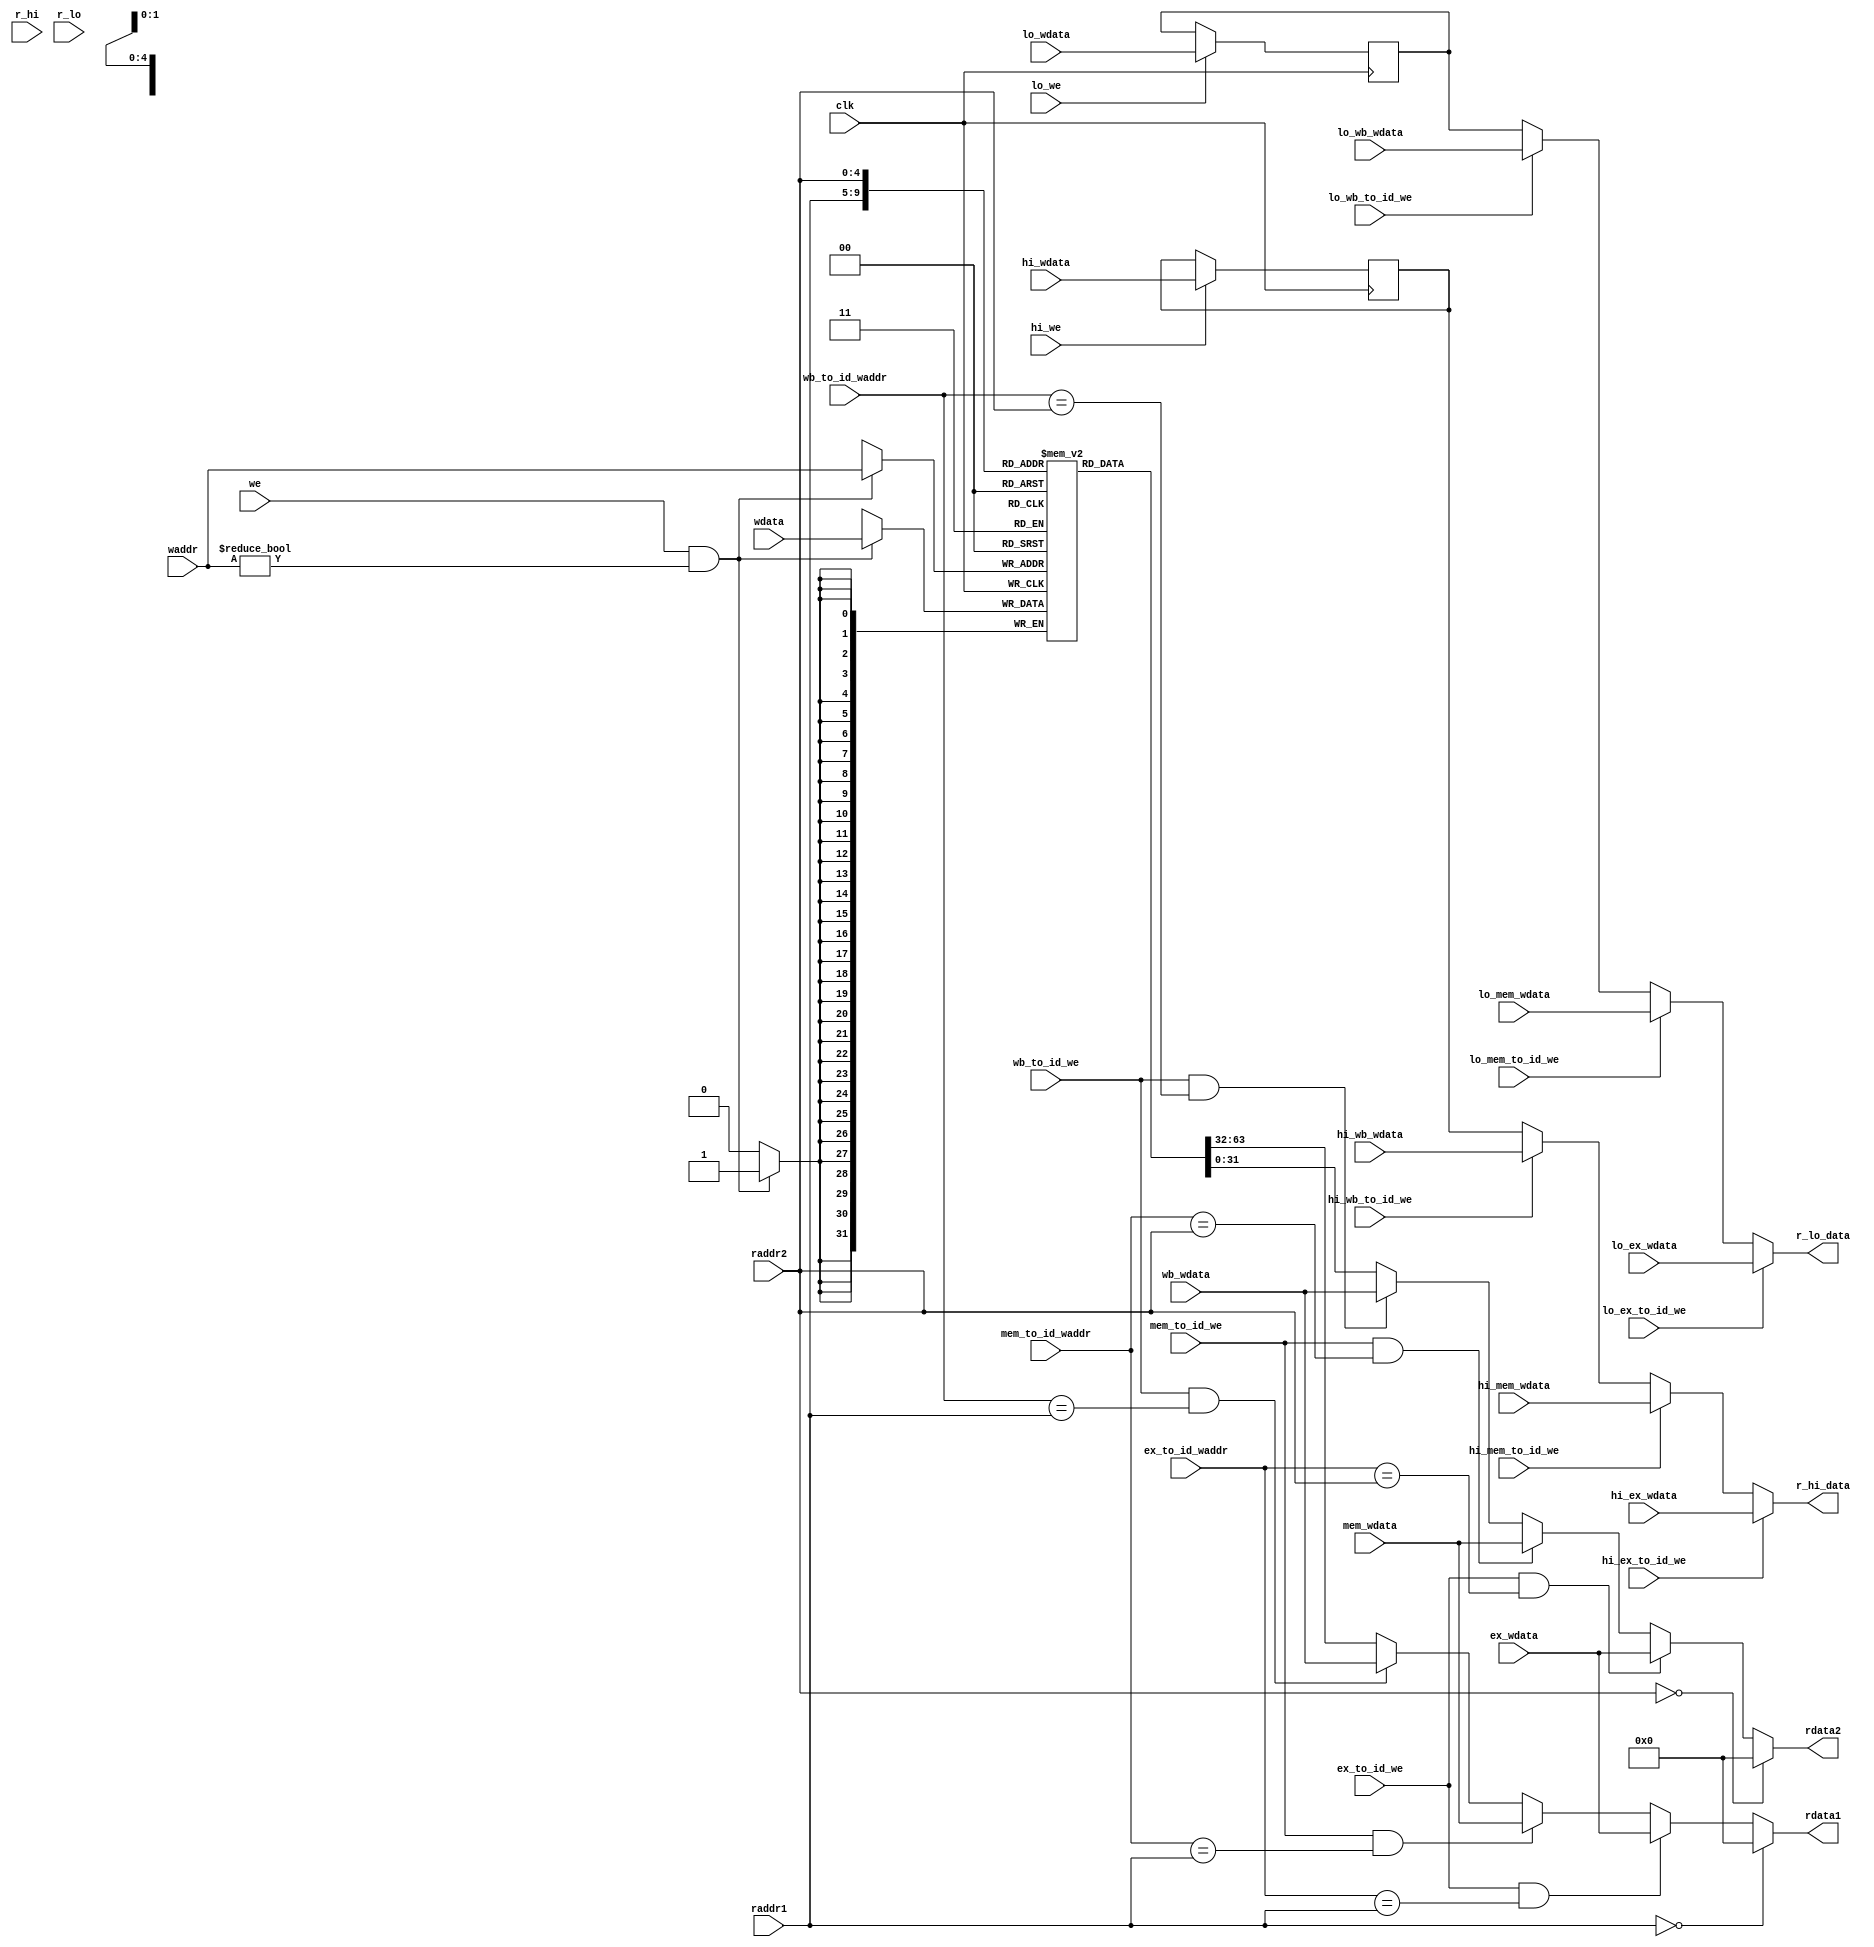
module regfile(
    input wire clk,
    input wire [4:0] raddr1,
    output wire [31:0] rdata1,
    input wire [4:0] raddr2,
    output wire [31:0] rdata2,
    
    input wire r_hi,
    output wire [31:0] r_hi_data,
    input wire r_lo,
    output wire [31:0] r_lo_data,
    
    input wire we,
    input wire [4:0] waddr,
    input wire [31:0] wdata,
    
    input wire hi_we,
    input wire lo_we,
    input wire [31:0] hi_wdata,
    input wire [31:0] lo_wdata,
    
    input wire ex_to_id_we,
    input wire [4:0] ex_to_id_waddr,
    input wire [31:0] ex_wdata,
    
    input wire hi_ex_to_id_we,
    input wire [31:0] hi_ex_wdata,
    
    input wire lo_ex_to_id_we,
    input wire [31:0] lo_ex_wdata,
    
    input wire mem_to_id_we,
    input wire [4:0] mem_to_id_waddr,
    input wire [31:0] mem_wdata,
    
    input wire hi_mem_to_id_we,
    input wire [31:0] hi_mem_wdata,
    
    input wire lo_mem_to_id_we,
    input wire [31:0] lo_mem_wdata,
    
    input wire wb_to_id_we,
    input wire [4:0] wb_to_id_waddr,
    input wire [31:0] wb_wdata,
    
    input wire hi_wb_to_id_we,
    input wire [31:0] hi_wb_wdata,
    
    input wire lo_wb_to_id_we,
    input wire [31:0] lo_wb_wdata
);
    reg [31:0] reg_array [31:0];
    reg [31:0] hi;
    reg [31:0] lo;
    // write
    always @ (posedge clk) begin
        if (we && waddr!=5'b0) begin
            reg_array[waddr] <= wdata;
        end
    end
    
    always @ (posedge clk) begin
        if (hi_we) begin
            hi <= hi_wdata;
        end
    end
    
    always @ (posedge clk) begin
        if (lo_we) begin
            lo <= lo_wdata;
        end
    end

    // read out 1
    assign rdata1 = (raddr1 == 5'b0) ? 32'b0 : 
                    ((ex_to_id_we == 1'b1)&&(ex_to_id_waddr == raddr1)) ? ex_wdata :
                    ((mem_to_id_we == 1'b1)&&(mem_to_id_waddr == raddr1)) ? mem_wdata :
                    ((wb_to_id_we == 1'b1)&&(wb_to_id_waddr == raddr1)) ? wb_wdata :
                     reg_array[raddr1];
                     
     assign r_hi_data = (hi_ex_to_id_we == 1'b1) ? hi_ex_wdata :
                   (hi_mem_to_id_we == 1'b1) ? hi_mem_wdata :
                   (hi_wb_to_id_we == 1'b1) ? hi_wb_wdata :
                    hi;

    // read out2
    assign rdata2 = (raddr2 == 5'b0) ? 32'b0 : 
                    ((ex_to_id_we == 1'b1)&&(ex_to_id_waddr == raddr2)) ? ex_wdata : 
                    ((mem_to_id_we == 1'b1)&&(mem_to_id_waddr == raddr2)) ? mem_wdata :
                    ((wb_to_id_we == 1'b1)&&(wb_to_id_waddr == raddr2)) ? wb_wdata :
                    reg_array[raddr2];
                    
    assign r_lo_data = (lo_ex_to_id_we == 1'b1) ? lo_ex_wdata :
                  (lo_mem_to_id_we == 1'b1) ? lo_mem_wdata :
                  (lo_wb_to_id_we == 1'b1) ? lo_wb_wdata :
                   lo;
endmodule